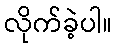
လိုက်ခဲ့ပါ။